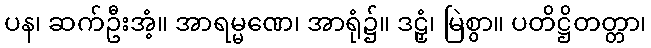
ပန၊ ဆက်ဦးအံ့။ အာရမ္မဏေ၊ အာရုံ၌။ ဒဠှံ၊ မြဲစွာ။ ပတိဋ္ဌိတတ္တာ၊